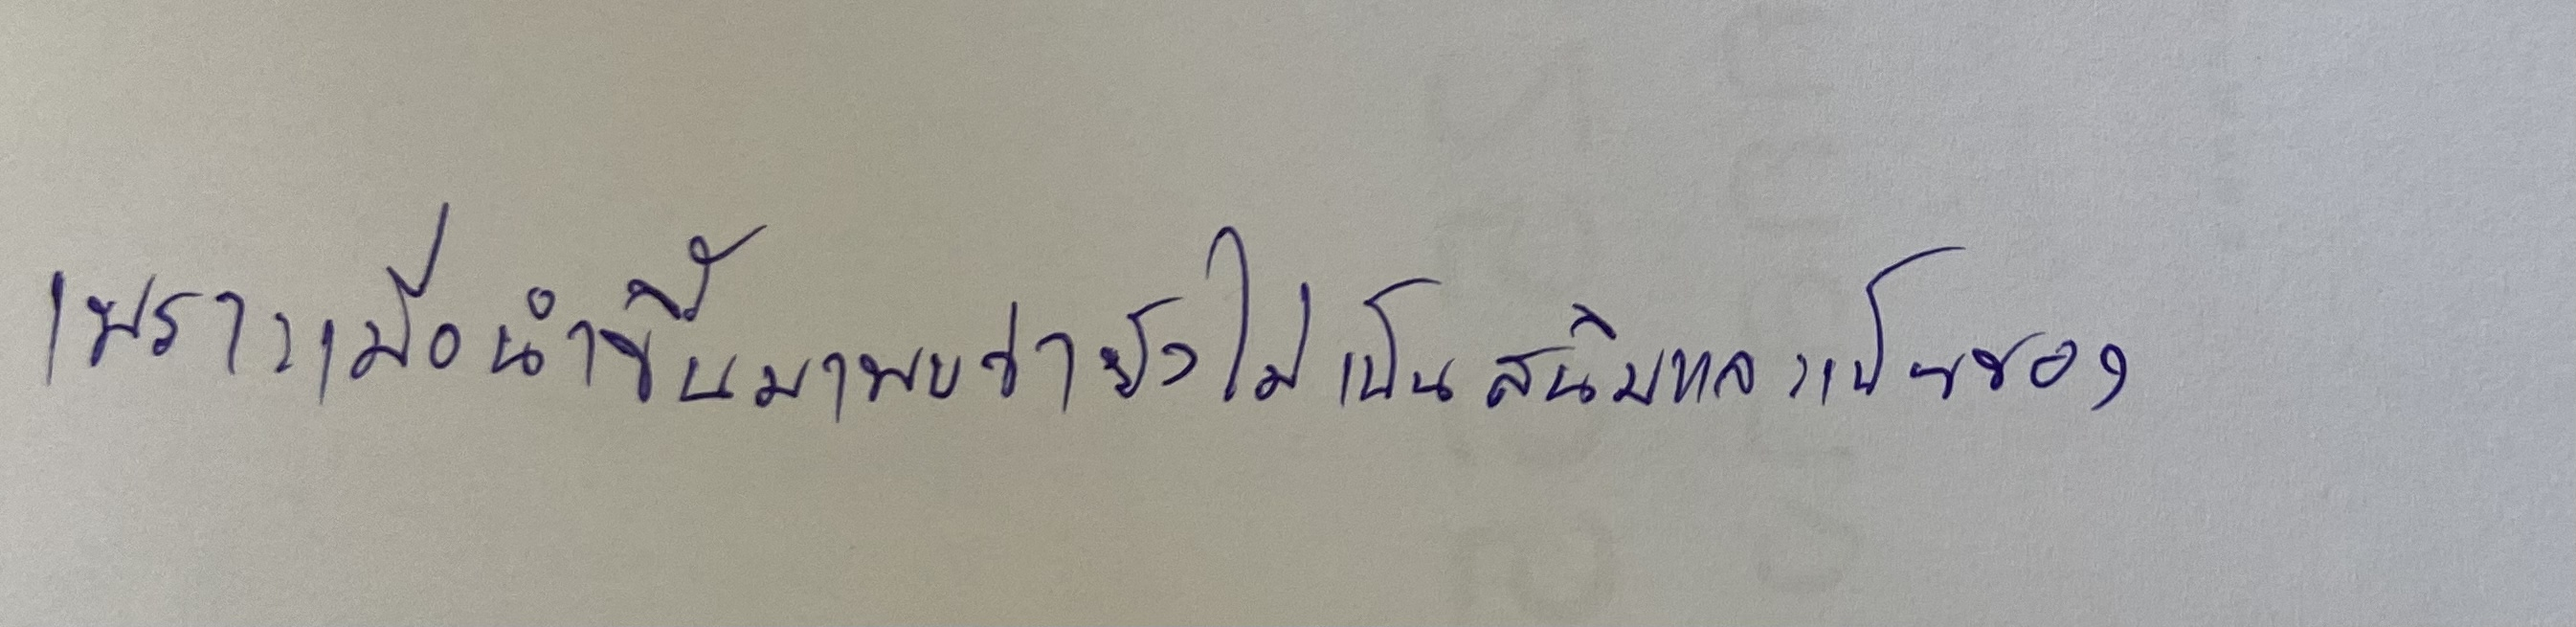
เพราะเมื่อนำขึ้นมาพบว่ายังไม่เป็นสนิมและเป็นของ